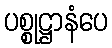
ပစ္စုဋ္ဌာနံပေ